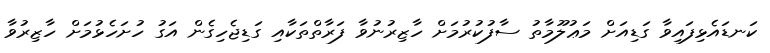
ކަނޑައެޅިފައިވާ ގަޑިއަށް މަޢުލޫމާތު ސާފުކުރުމަށް ހާޒިރުނުވާ ފަރާތްތަކާއި ގަޑިޖެހިގެން އަގު ހުށަހެޅުމަށް ހާޒިރުވާ